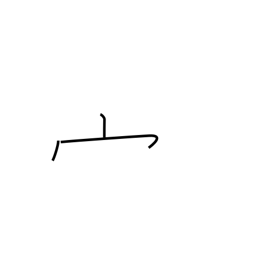
Meaning: shaped crown